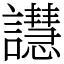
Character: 譿